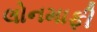
લોનમાફી